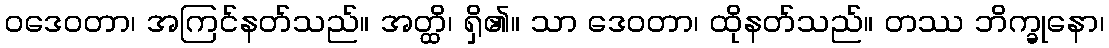
ဝဒေဝတာ၊ အကြင်နတ်သည်။ အတ္ထိ၊ ရှိ၏။ သာ ဒေဝတာ၊ ထိုနတ်သည်။ တဿ ဘိက္ခုနော၊